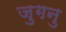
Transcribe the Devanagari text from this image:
जुगनु